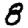
Digit: 8